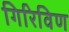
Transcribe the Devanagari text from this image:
गिरिविण